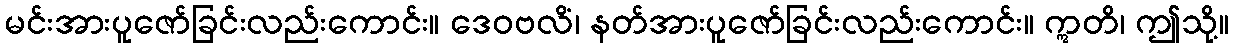
မင်းအားပူဇော်ခြင်းလည်းကောင်း။ ဒေဝဗလိံ၊ နတ်အားပူဇော်ခြင်းလည်းကောင်း။ ဣတိ၊ ဤသို့။